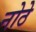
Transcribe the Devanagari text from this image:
नोठे